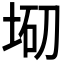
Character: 𡌇